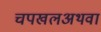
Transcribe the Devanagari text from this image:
चपखलअथवा